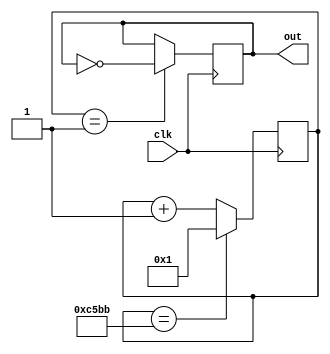
module Low_B (clk, out);
	input clk;
	output out;
	
reg[16:0] clkDivider = 50619;
reg[16:0] counter;

always @(posedge clk)
	if(counter == clkDivider)
		counter <= 1;
	else counter <= counter + 1;
	
reg out;
always @(posedge clk)
	if(counter == 1)
		out <= ~out;

endmodule